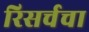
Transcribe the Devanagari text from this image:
रिसर्चचा